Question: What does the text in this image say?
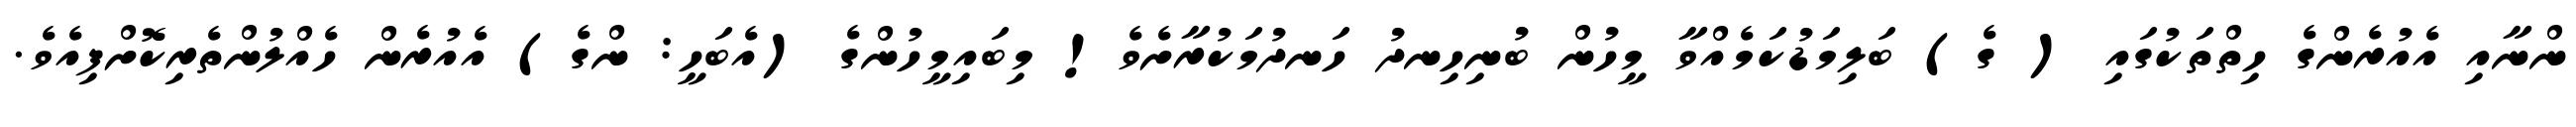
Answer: ންނާއި އެއުރެންގެ ހިތްތަކުގައި ( ގެ) ބަލިމަޑުކަމެއްވާ މީހުން ބުނިހިނދު ހަނދުމަކުރާށެވެ! މިބައިމީހުންގެ (އެބަހީ: ންގެ) އެއުރެން ހެއްލުންތެރިކޮށްފިއެވެ.